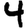
Digit: 4